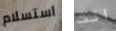
استسلام انت